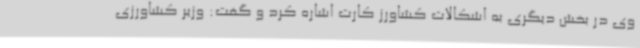
وی در بخش دیگری به اشکالات کشاورز کارت اشاره کرد و گفت: وزیر کشاورزی